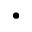
\bullet